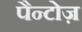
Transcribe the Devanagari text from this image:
पैन्टोज़